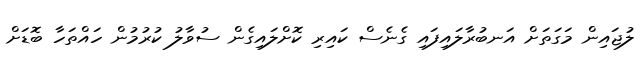
ލުޖައިން މަގަތަށް އަނބުރާލައިފައި ގެނެސް ކައިރި ކޮށްލައިގެން ސުވާލު ކުރުމުން ހައްތަހާ ބޮޑަށް